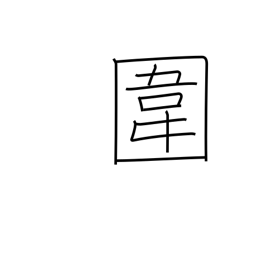
Meaning: preserve